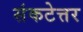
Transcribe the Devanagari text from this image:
संकटेत्तर